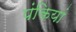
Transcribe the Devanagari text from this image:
पंकियां